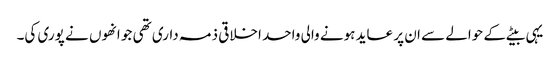
یہی بیٹے کے حوالے سے ان پر عاید ہونے والی واحد اخلاقی ذمہ داری تھی جو انھوں نے پوری کی۔